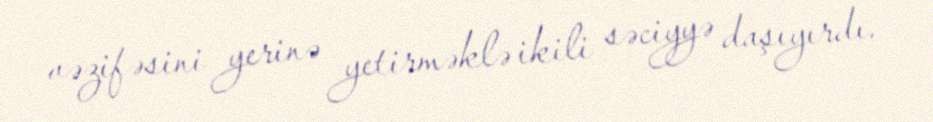
vəzifəsini yerinə yetirməklə ikili səciyyə daşıyırdı.